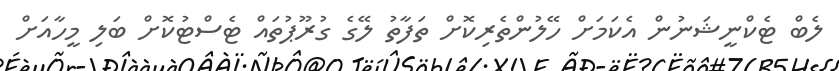
ލެބް ޓެކްނީޝަނުން އެކަމަށް ހޭލުންތެރިކޮށް ތަފާތު ލޭގެ ގުރޫޕުތައް ޓެސްޓުކޮށް ބަލި މީހާއަށް